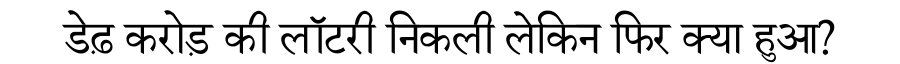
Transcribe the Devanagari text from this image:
डेढ़ करोड़ की लॉटरी निकली लेकिन फिर क्या हुआ?